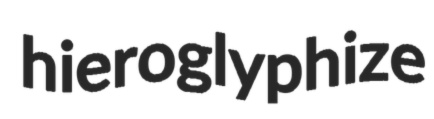
hieroglyphize